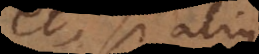
et, si alius